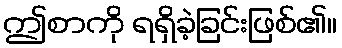
ဤစာကို ရရှိခဲ့ခြင်းဖြစ်၏။